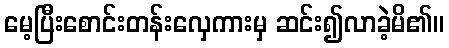
မေ့ပြီးစောင်းတန်းလှေကားမှ ဆင်း၍လာခဲ့မိ၏။